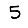
Digit: 5